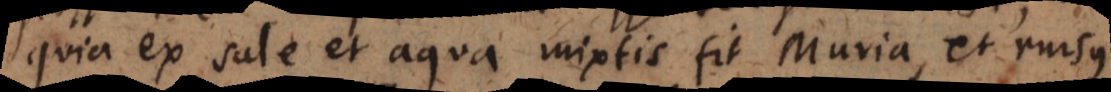
quia ex sale et aqua mixtis fit Muria, et rursus